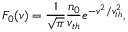
F _ { 0 } ( v ) = \frac { 1 } { \sqrt { \pi } } \frac { n _ { 0 } } { v _ { t h } } e ^ { - v ^ { 2 } / v _ { t h } ^ { 2 } } ,